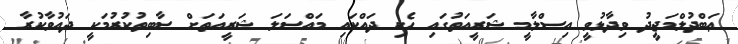
ޢަބްދުލްމަޖީދު ވިދާޅުވީ އިސްލާމީ ޝަރީއަތުގައި ހެކި ދައްކައި މައްސަލަ ޝަރީއަތަށް ސާބިތުކުރުމަކީ ދައުވާކުރާ